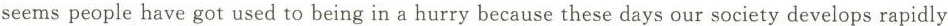
seems people have got used to being in a hurry because these days our society develops rapidly